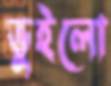
ভুইলো